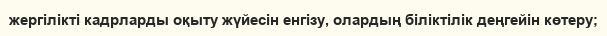
жергілікті кадрларды оқыту жүйесін енгізу, олардың біліктілік деңгейін көтеру;